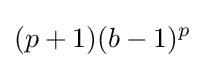
(p+1)(b-1)^{p}